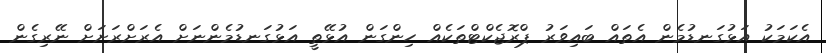
އެކަމަކު އަޅުގަނޑުމެން އެތައް ބައިވަރު ޕްރޮޖެކްޓްތަކެއް ހިންގަން އުޅޭތީ އަޅުގަނޑުމެންނަށް އެރަށްރަށަށް ނޭރިގެން